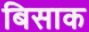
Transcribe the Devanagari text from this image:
बिसाक